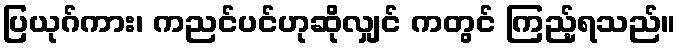
ပြယုဂ်ကား၊ ကညင်ပင်ဟုဆိုလျှင် ကတွင် ကြည့်ရသည်။